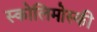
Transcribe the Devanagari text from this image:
स्कोलिमोस्की